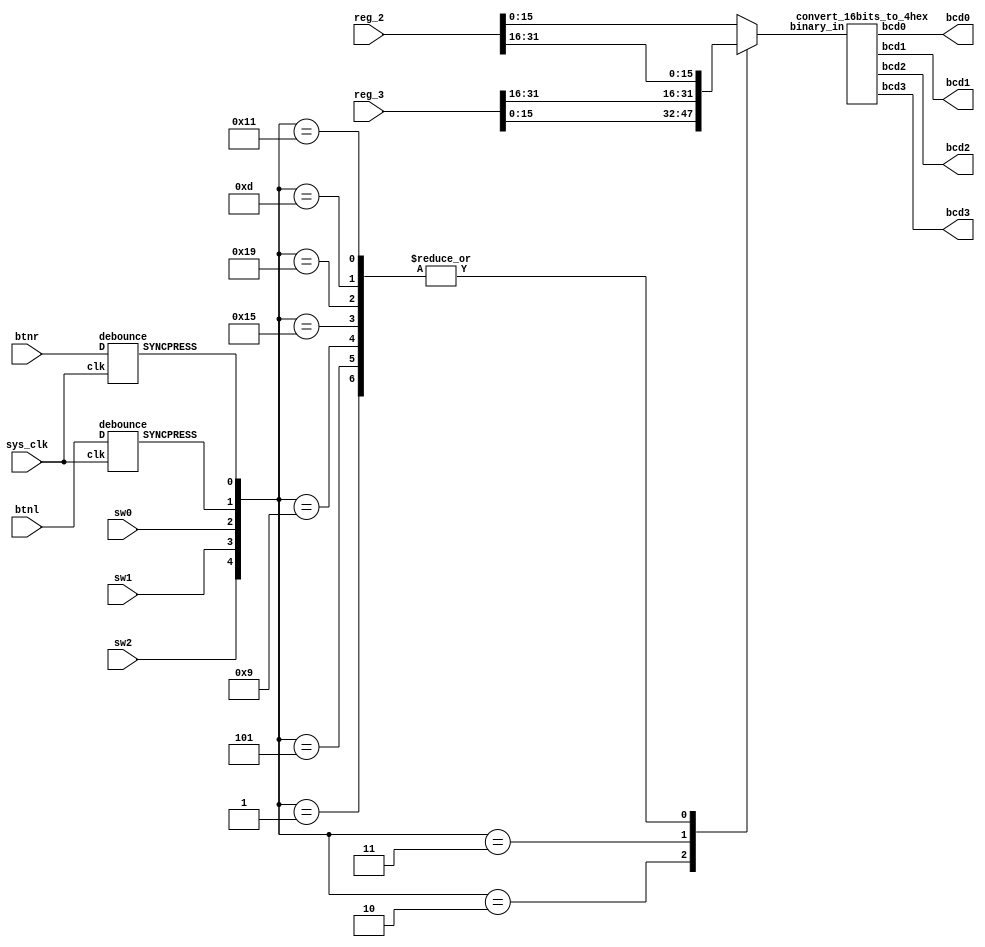
module determine_output_based_on_switch_input(sys_clk, sw2, sw1, sw0, btnl, btnr, reg_2, reg_3, bcd3, bcd2, bcd1, bcd0);
input sys_clk, sw2, sw1, sw0, btnl, btnr;
input [31:0] reg_2, reg_3;
output [4:0] bcd3, bcd2, bcd1, bcd0;

reg [15:0] reg_bits_to_display;
wire [4:0] switches;
wire btnl_debounced, btnr_debounced;

debounce btnl_debouncer(sys_clk, btnl, btnl_debounced);
debounce btnr_debouncer(sys_clk, btnr, btnr_debounced);
convert_16bits_to_4hex converter(reg_bits_to_display, bcd3, bcd2, bcd1, bcd0);

assign switches = {sw2, sw1, sw0, btnl_debounced, btnr_debounced};

always @(*)
begin
	case(switches)
		5'b00000 : reg_bits_to_display = reg_2[15:0];
		5'b00001 : reg_bits_to_display = reg_2[31:16];
		5'b00010 : reg_bits_to_display = reg_3[15:0];
		5'b00011 : reg_bits_to_display = reg_3[31:16];
		
		5'b00100 : reg_bits_to_display = reg_2[15:0];
		5'b00101 : reg_bits_to_display = reg_2[31:16];
		
		5'b01000 : reg_bits_to_display = reg_2[15:0];
		5'b01001 : reg_bits_to_display = reg_2[31:16];
		
		5'b01100 : reg_bits_to_display = reg_2[15:0];
		5'b01101 : reg_bits_to_display = reg_2[31:16];
		
		5'b10000 : reg_bits_to_display = reg_2[15:0];
		5'b10001 : reg_bits_to_display = reg_2[31:16];
		
		5'b10100 : reg_bits_to_display = reg_2[15:0];
		5'b10101 : reg_bits_to_display = reg_2[31:16];
		
		5'b11000 : reg_bits_to_display = reg_2[15:0];
		5'b11001 : reg_bits_to_display = reg_2[31:16];
		
		default : reg_bits_to_display = reg_2[15:0]; //arbitrary
	endcase
end

endmodule
	
	


	
/*************16 bit binary to 4 hex characters converter********/
module convert_16bits_to_4hex(binary_in, bcd3, bcd2, bcd1, bcd0);
input [15:0] binary_in;
output [4:0] bcd3, bcd2, bcd1, bcd0;

assign bcd0 = {1'b0, binary_in[3:0]};
assign bcd1 = {1'b0, binary_in[7:4]};
assign bcd2 = {1'b0, binary_in[11:8]};
assign bcd3 = {1'b0, binary_in[15:12]};

endmodule


/********Debounce Circuit***********/
module AND(a, b, out);
input a, b;
output out;

assign out = a & b;

endmodule

module DFF(clk, d, q, q_bar);
input clk, d;
output q, q_bar;

reg q, q_bar;

always @(posedge clk)
begin
  q <= d;
  q_bar <= ~d;
end

endmodule


module debounce(clk, D, SYNCPRESS);
input clk, D;
output SYNCPRESS;

DFF flop1(clk, D, flop1_Q, unused1);
DFF flop2(clk, flop1_Q, SYNCPRESS, unused2);

endmodule